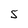
Character: 5